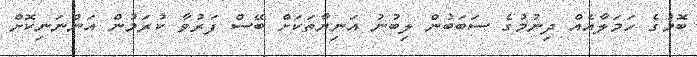
ބޮމުގެ ހަމަލާއެއް ދިނުމުގެ ސަބަބުން ލިބުނު އަނިޔާތަކަށް ބޭސް ފަރުވާ ކުރަމުން އަންނަނިކޮށް